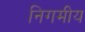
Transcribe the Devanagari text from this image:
निगमीय